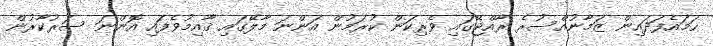
ހަމައެފަދައިން ޒަމާނުއްސުރެ ރާއްޖޭގައި ވެރިކަން ކުރަމުން އަންނަ މާލޭގައި ޤާއިމުވެފައި އޮންނަ ސަރުކާރުން